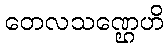
တေလသဏ္ဌေဟိ